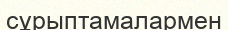
сұрыптамалармен